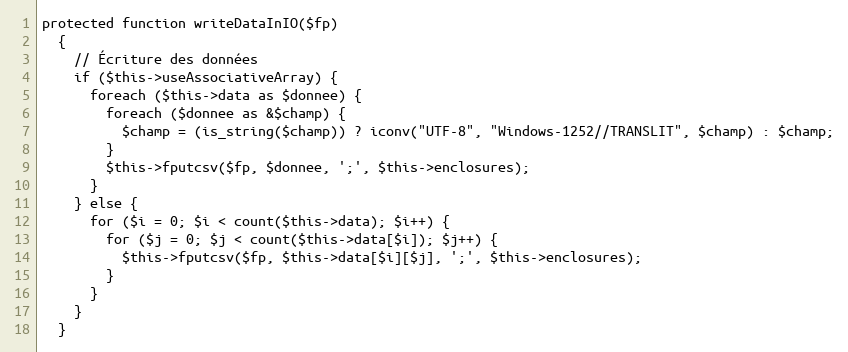
Language: PHP
protected function writeDataInIO($fp)
  {
    // Écriture des données
    if ($this->useAssociativeArray) {
      foreach ($this->data as $donnee) {
        foreach ($donnee as &$champ) {
          $champ = (is_string($champ)) ? iconv("UTF-8", "Windows-1252//TRANSLIT", $champ) : $champ;
        }
        $this->fputcsv($fp, $donnee, ';', $this->enclosures);
      }
    } else {
      for ($i = 0; $i < count($this->data); $i++) {
        for ($j = 0; $j < count($this->data[$i]); $j++) {
          $this->fputcsv($fp, $this->data[$i][$j], ';', $this->enclosures);
        }
      }
    }
  }